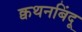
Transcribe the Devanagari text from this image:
क्वथनबिंदू